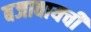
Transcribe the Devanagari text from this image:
बजावायची